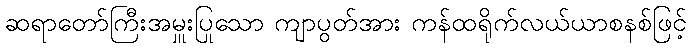
ဆရာတော်ကြီးအမှူးပြုသော ကျာပွတ်အား ကန်ထရိုက်လယ်ယာစနစ်ဖြင့်